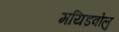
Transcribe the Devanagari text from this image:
मयिडवोलु